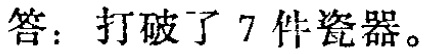
答：打破了 7 件瓷器。